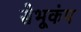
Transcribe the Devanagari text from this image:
सेभूकंप